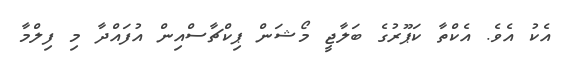
އެކު އެވެ. އެކްތާ ކަޕޫރުގެ ބަލާޖީ މޯޝަން ޕިކްޗާސްއިން އުފައްދާ މި ފިލްމާ